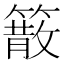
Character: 䉈